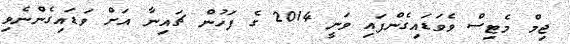
ޖިމް މެޓިސް ވެވަޑައިގެންފައި ވަނީ 2014 ގެ ފަހުން ޗައިނާ އަށް ވަޑައިގެންނެވި